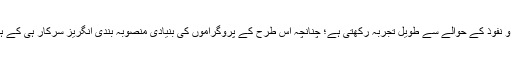
میرا مطلب ہے کہ برطانوی حکومت مشرقی ممالک میں اثر و نفوذ کے حوالے سے طویل تجربہ رکھتی ہے؛ چنانچہ اس طرح کے پروگراموں کی بنیادی منصوبہ بندی انگریز سرکار ہی کے ہاتھ میں ہوتی ہے؛ اور انگریزی تشیّع سے مراد بھی یہی ہے۔